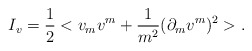
\begin{align*}I_v = \frac{1}{2}< v_m v^m + \frac{1}{m^2}(\partial_m v^m)^2 >.\end{align*}